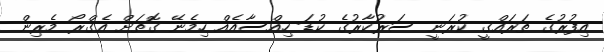
އިފުރުގެ ތަރައްގީ ކުރަނީ ސަރުކާރުގެ ކުޑަ ހިއްސާއެއް ހިމެނޭ ގޮތަށް އެގްރޯ މެރިން